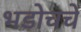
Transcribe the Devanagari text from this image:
भडोचचे